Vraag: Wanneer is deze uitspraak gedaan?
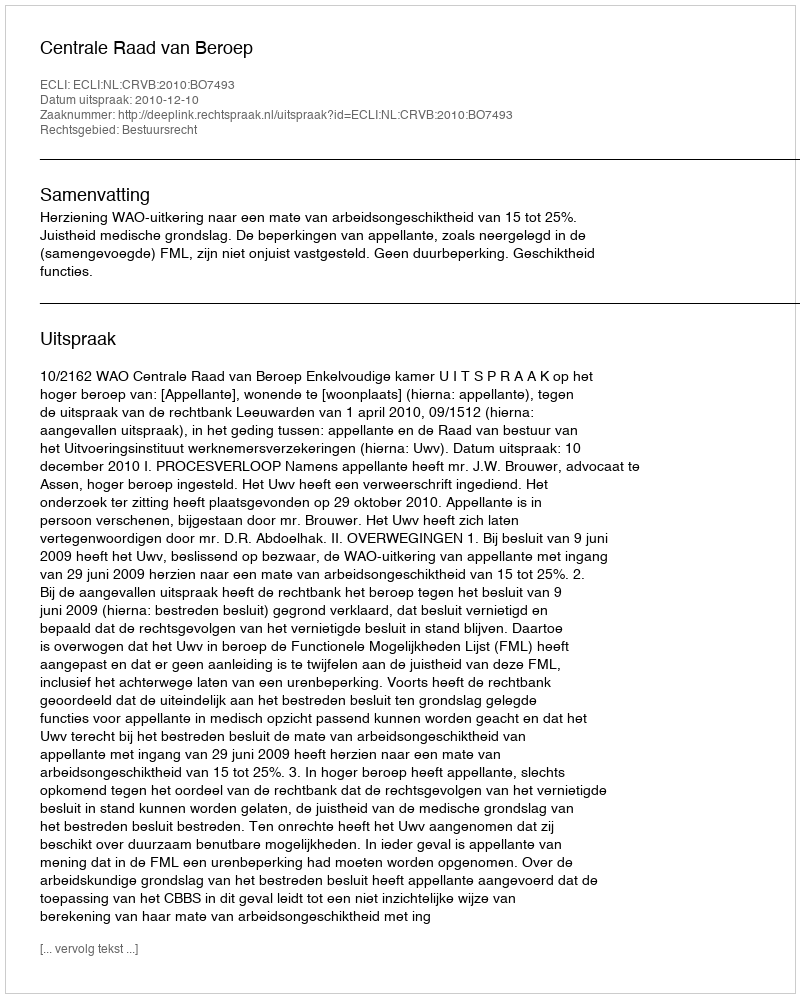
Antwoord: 2010-12-10